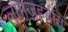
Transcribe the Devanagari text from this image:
लामज़हबीत